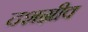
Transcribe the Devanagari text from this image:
दशग़्रीव